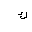
Letter: _kaf